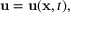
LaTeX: \mathbf { u } = \mathbf { u } ( \mathbf { x } , t ) ,